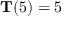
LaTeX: \mathbf { T } ( 5 ) = 5